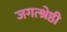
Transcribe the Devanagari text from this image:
जगत्श्रेष्ठी